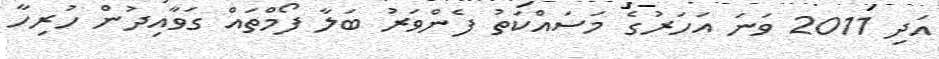
އަދި 2011 ވަނަ އަހަރުގެ މަސައްކަތު ފެންވަރު ބަލާ ފޯމްތައް ގަވާއިދުން ހުރިހާ